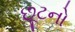
છૂટનો